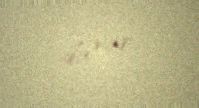
da var.